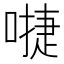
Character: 𠽕